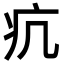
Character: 𤴪